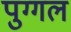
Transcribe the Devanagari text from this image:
पुग्गल